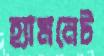
হ্যামনেট